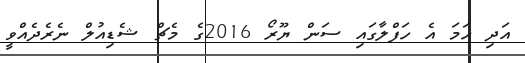
އަދި ހަމަ އެ ހަފްލާގައި ސަން ޔޫރޯ 2016ގެ މެޗް ޝެޑިއުލް ނެރެދެއްވީ